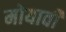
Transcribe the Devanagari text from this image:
मोयावी